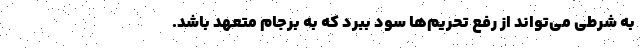
به شرطی می‌تواند از رفع تحریم‌ها سود ببرد که به برجام متعهد باشد.